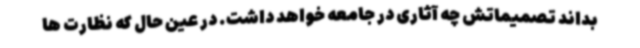
بداند تصمیماتش چه آثاری در جامعه خواهد داشت. در عین حال که نظارت ها